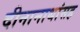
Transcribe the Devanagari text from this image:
दीनानाथांसह